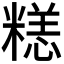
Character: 𱹘